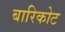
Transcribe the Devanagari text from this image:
बारिकोट